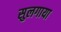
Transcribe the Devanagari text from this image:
सुलगाया